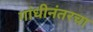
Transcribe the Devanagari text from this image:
गांधीनंतरचा